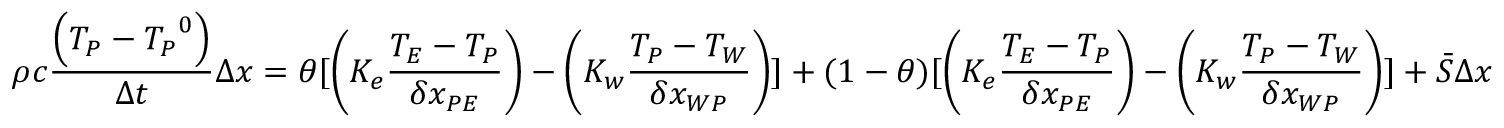
\rho c { \frac { \left( T _ { P } - { T _ { P } } ^ { 0 } \right) } { \Delta t } } \Delta x = \theta [ \left( K _ { e } { \frac { T _ { E } - T _ { P } } { \delta x _ { P E } } } \right) - \left( K _ { w } { \frac { T _ { P } - T _ { W } } { \delta x _ { W P } } } \right) ] + ( 1 - \theta ) [ \left( K _ { e } { \frac { T _ { E } - T _ { P } } { \delta x _ { P E } } } \right) - \left( K _ { w } { \frac { T _ { P } - T _ { W } } { \delta x _ { W P } } } \right) ] + { \bar { S } } \Delta x